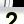
Digit: 2